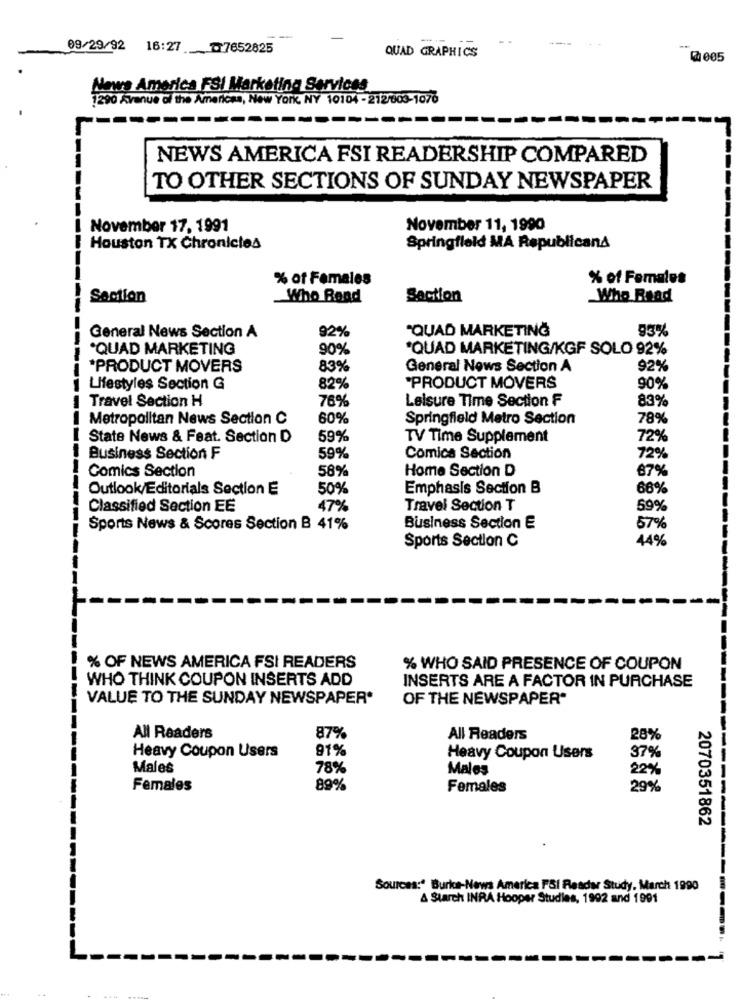
09/29/92 16:27 7652825
QUAD GRAPHICS
2005
Nows America FSI Marketing Services
290 Avenue of the Americas, New York, NY 10104 - 212/003-1076
NEWS AMERICA FSI READERSHIP COMPARED
TO OTHER SECTIONS OF SUNDAY NEWSPAPER
November 17, 1991
November 11, 1990
Houston TX Chronicles
Springfield MA RepublicanA
% of Females
% of Females
Saction
Who Rond
Saction
Who Read
General News Section A
92%
"QUAD MARKETING
93%
"QUAD MARKETING
90%
'QUAD MARKETING/KGF SOLO 92%
*PRODUCT MOVERS
83%
General News Section A
92%
Lifestyles Section G
82%
"PRODUCT MOVERS
90%
Travel Section H
76%
Leisure Time Section F
83%
Metropolitan News Section C
60%
Springfield Metro Section
78%
State News & Feat. Section D
59%
TV Time Supplement
72%
Business Section F
59%
Comica Section
72%
Comics Section
58%
Home Section D
67%
Outlook/Editorials Section E
50%
Emphasis Section B
66%
Classified Section EE
47%
Travel Section T
59%
Sports News & Scores Section B 41%
Business Section E
57%
44%
Sports Section C
% OF NEWS AMERICA FSI READERS
% WHO SAID PRESENCE OF COUPON
WHO THINK COUPON INSERTS ADD
INSERTS ARE A FACTOR IN PURCHASE
VALUE TO THE SUNDAY NEWSPAPER*
OF THE NEWSPAPER"
87%
All Readers
All Readers
28%
Heavy Coupon Users
91%
Heavy Coupon Users
37%
Males
78%
Males
22%
Females
89%
Females
29%
2070351862
---------
Sources:" Burka-News America FI Reader Study, March 1990
& Starch INRA Hooper Studies, 1992 and 1991